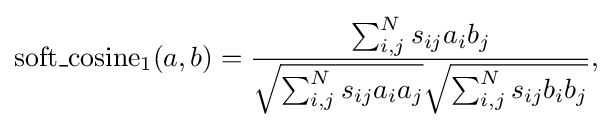
{\begin{aligned}\operatorname {soft\_cosine} _{1}(a,b)={\frac {\sum \nolimits _{i,j}^{N}s_{ij}a_{i}b_{j}}{{\sqrt {\sum \nolimits _{i,j}^{N}s_{ij}a_{i}a_{j}}}{\sqrt {\sum \nolimits _{i,j}^{N}s_{ij}b_{i}b_{j}}}}},\end{aligned}}